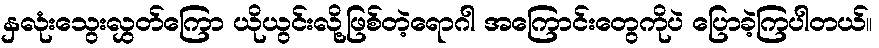
နှလုံးသွေးလွှတ်ကြော ယိုယွင်းလို့ဖြစ်တဲ့ရောဂါ အကြောင်းတွေကိုပဲ ပြောခဲ့ကြပါတယ်။